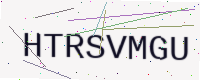
Text: HTRSVMGU